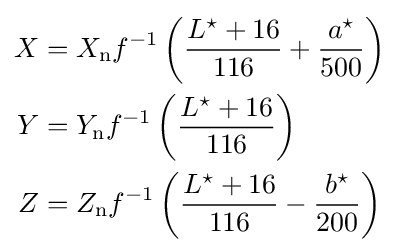
{\begin{aligned}X&=X_{\mathrm {n} }f^{-1}\left({\frac {L^{\star }+16}{116}}+{\frac {a^{\star }}{500}}\right)\\Y&=Y_{\mathrm {n} }f^{-1}\left({\frac {L^{\star }+16}{116}}\right)\\Z&=Z_{\mathrm {n} }f^{-1}\left({\frac {L^{\star }+16}{116}}-{\frac {b^{\star }}{200}}\right)\\\end{aligned}}